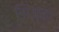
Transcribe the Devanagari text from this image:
झिंज्या